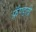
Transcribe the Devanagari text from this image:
फ्रॅण्डली